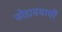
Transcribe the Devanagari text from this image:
जोडावयाची